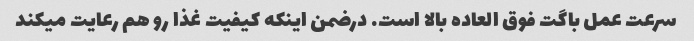
سرعت عمل باگت فوق العاده بالا است. درضمن اینکه کیفیت غذا رو هم رعایت میکند